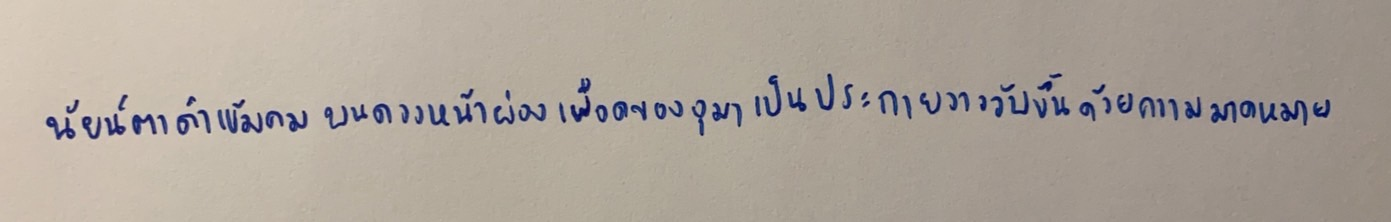
นัยน์ตาดำเข้มคมบนดวงหน้าผ่องเผือดของอุมาเป็นประกายวาววับขึ้นด้วยความมาดหมาย